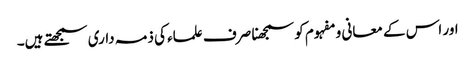
اور اس کے معانی و مفہوم کو سمجھنا صرف علماء کی ذمہ داری سمجھتے ہیں۔